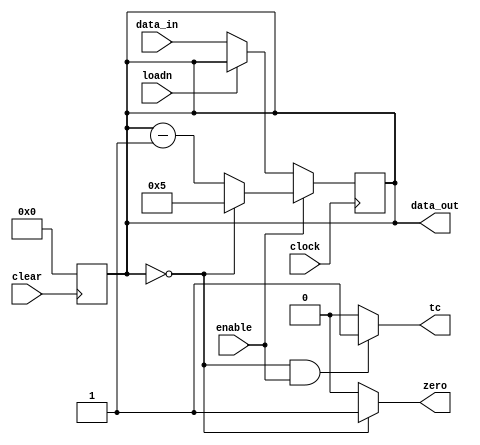
module counterMod6 (data_out, tc, zero, loadn, clock, clear, enable, data_in);
    
    // inputs:
    input wire loadn, clock, clear, enable;
    input wire [3:0] data_in;

    // outputs:
    output wire [3:0] data_out;
    output wire tc;
    output wire zero;

    
    reg [3: 0] cur_state;
    assign data_out = cur_state; 

    assign zero = (cur_state == 0) ? 1 : 0;
    assign tc = ((cur_state == 0) & enable) ? 1 : 0;

    always @(posedge clock)
    begin
        if (enable) begin
            if (cur_state == 4'b0000) begin
                cur_state <= 4'd5;
            end
            else begin
                cur_state <= cur_state - 1;
            end
        end
        else begin
            if (!loadn) begin
                cur_state <= data_in;
            end
        end
    end

    always @(negedge clear) begin
        if (!clear) begin
            cur_state <= 4'b0000;
        end
    end

endmodule